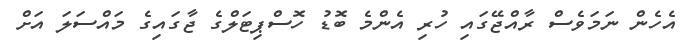
އެހެން ނަމަވެސް ރާއްޖޭގައި ހުރި އެންމެ ބޮޑު ހޮސްޕިޓަލްގެ ޖާގައިގެ މައްސަލަ އަށް